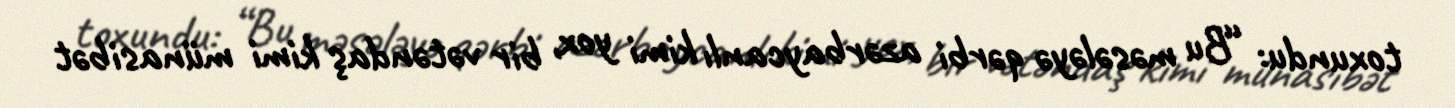
toxundu: “Bu məsələyə qərbi azərbaycanlı kimi yox, bir vətəndaş kimi münasibət